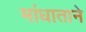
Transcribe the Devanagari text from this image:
मांधाताने